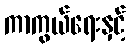
ကာကွယ်ရေးနှင့်